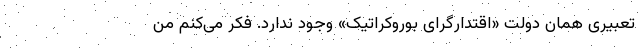
‌تعبیری همان دولت «اقتدارگرای بوروکراتیک» وجود ندارد. فکر می‌کنم من